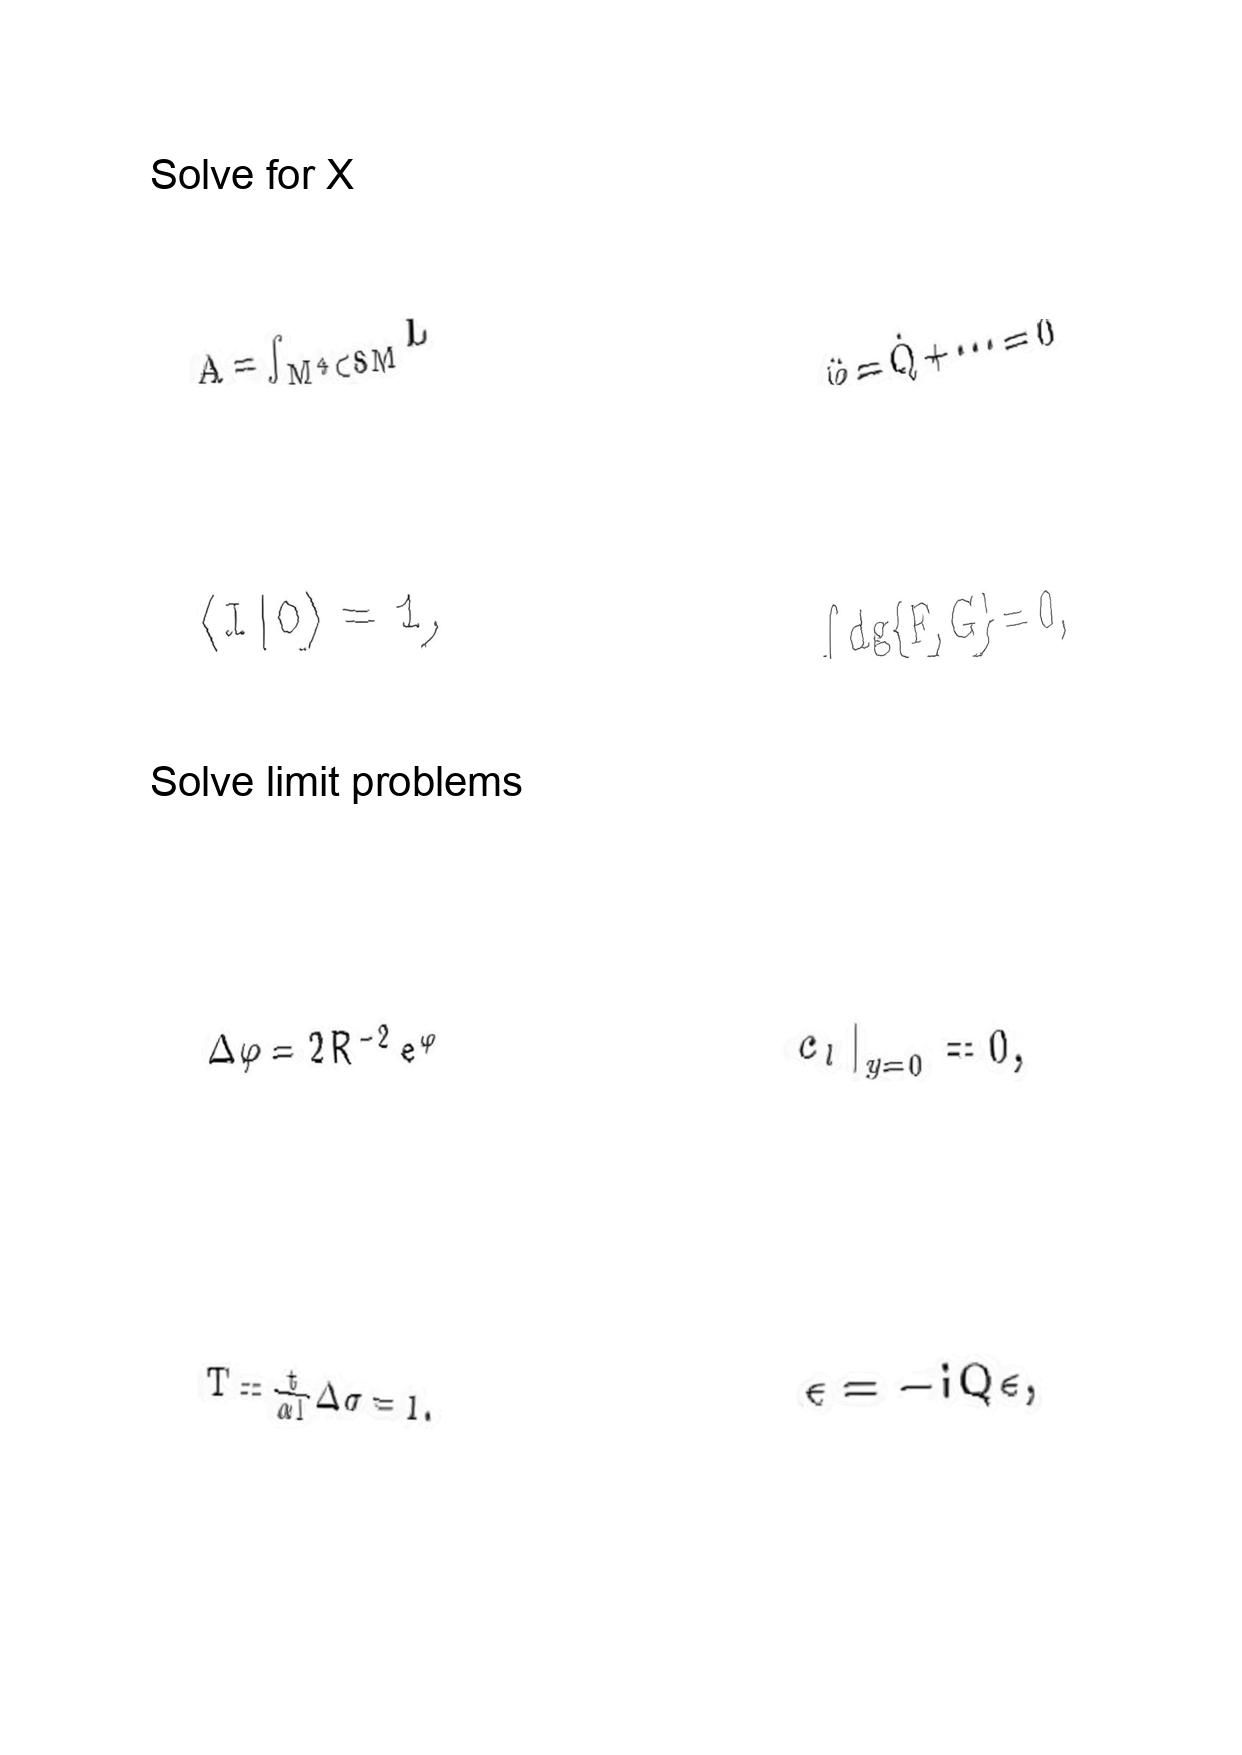
LaTeX transcription:
A = \int _ { M ^ { 4 } \subset S M } L
\langle I \vert 0 \rangle = 1 ,
\Delta \varphi = 2 R ^ { - 2 } e ^ { \varphi }
T = \frac { t } { \alpha l } \Delta \sigma = 1 .
\ddot { \varphi } = \dot { Q } + \@cdots = 0
\int \mathrm { d } g \lbrace F , G \rbrace = 0 ,
 c _ { l } \vert _ { y = 0 } = 0 ,
\epsilon = - i Q \epsilon ,